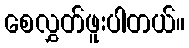
စေလွှတ်ဖူးပါတယ်။